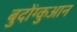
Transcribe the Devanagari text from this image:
बुदोंग्कुआन